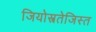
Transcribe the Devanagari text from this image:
जियोस्त्रतेजिस्त